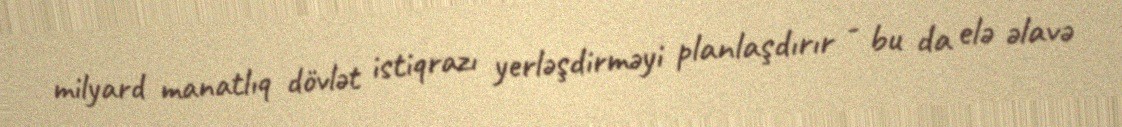
milyard manatlıq dövlət istiqrazı yerləşdirməyi planlaşdırır - bu da elə əlavə